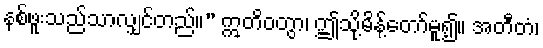
နစ်ဖူးသည်သာလျှင်တည်။” ဣတိဝတွာ၊ ဤသို့မိန့်တော်မူ၍။ အတီတံ၊